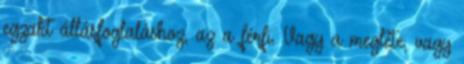
egzakt állásfoglaláshoz, az a férfi. Vagy a megléte, vagy